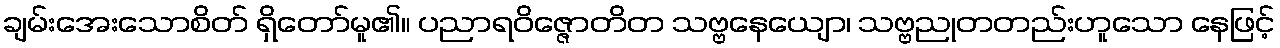
ချမ်းအေးသောစိတ် ရှိတော်မူ၏။ ပညာရဝိဇ္ဇောတိတ သဗ္ဗနေယျော၊ သဗ္ဗညုတတည်းဟူသော နေဖြင့်